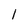
Character: 1